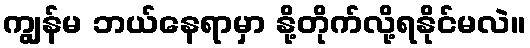
ကျွန်မ ဘယ်နေရာမှာ နို့တိုက်လို့ရနိုင်မလဲ။